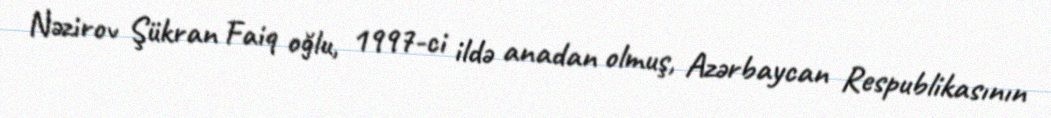
Nəzirov Şükran Faiq oğlu, 1997-ci ildə anadan olmuş, Azərbaycan Respublikasının